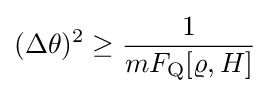
(\Delta \theta )^{2}\geq {\frac {1}{mF_{\rm {Q}}[\varrho ,H]}}